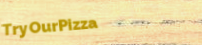
TryOurPizza